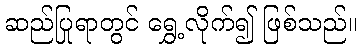
ဆည်ပြုရာတွင် ရွှေ့လိုက်၍ ဖြစ်သည်။